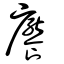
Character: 饜